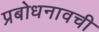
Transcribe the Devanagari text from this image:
प्रबोधनावची